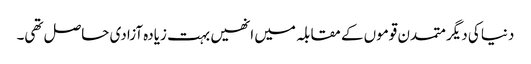
دنیا کی دیگر متمدن قوموں کے مقابلہ میں انھیں بہت زیادہ آزادی حاصل تھی۔